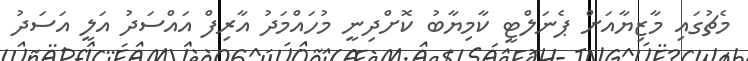
މެޗުގައި މާޒިޔާއަށް ޕެނަލްޓީ ކާމިޔާބު ކޮށްދިނީ މުހައްމަދު އާރިފް އައްސަދު އަލީ އަސަދު